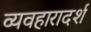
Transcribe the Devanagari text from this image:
व्‍यवहारादर्श